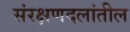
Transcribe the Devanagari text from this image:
संरक्षणदलांतील